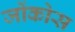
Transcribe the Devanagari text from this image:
जोंकोस